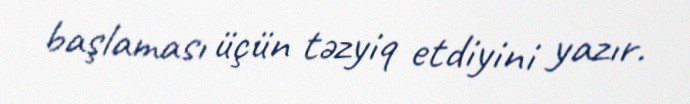
başlaması üçün təzyiq etdiyini yazır.